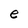
Character: e